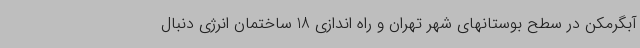
آبگرمکن در سطح بوستانهای شهر تهران و راه اندازی 18 ساختمان انرژی دنبال